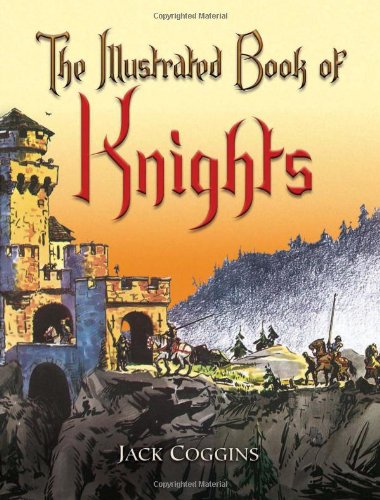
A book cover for The Illustrated Book of Knights (Dover Children's Classics); Jack Coggins; Children's Books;